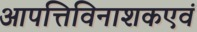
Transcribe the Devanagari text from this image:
आपत्तिविनाशकएवं